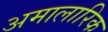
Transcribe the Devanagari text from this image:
अमालारिक